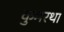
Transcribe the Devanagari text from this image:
कुमरथा